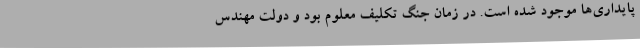
پایداری‌ها موجود شده است. در زمان جنگ تکلیف معلوم بود و دولت مهندس